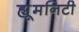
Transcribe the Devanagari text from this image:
ह्यूमनिटी